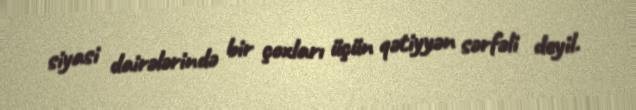
siyasi dairələrində bir çoxları üçün qətiyyən sərfəli deyil.